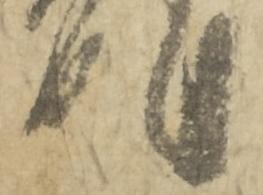
明